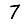
Digit: 7